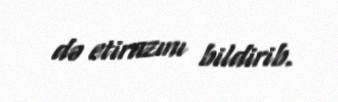
də etirazını bildirib.